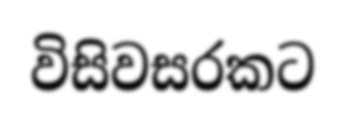
විසිවසරකට